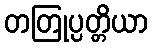
တတြုပ္ပတ္တိယာ